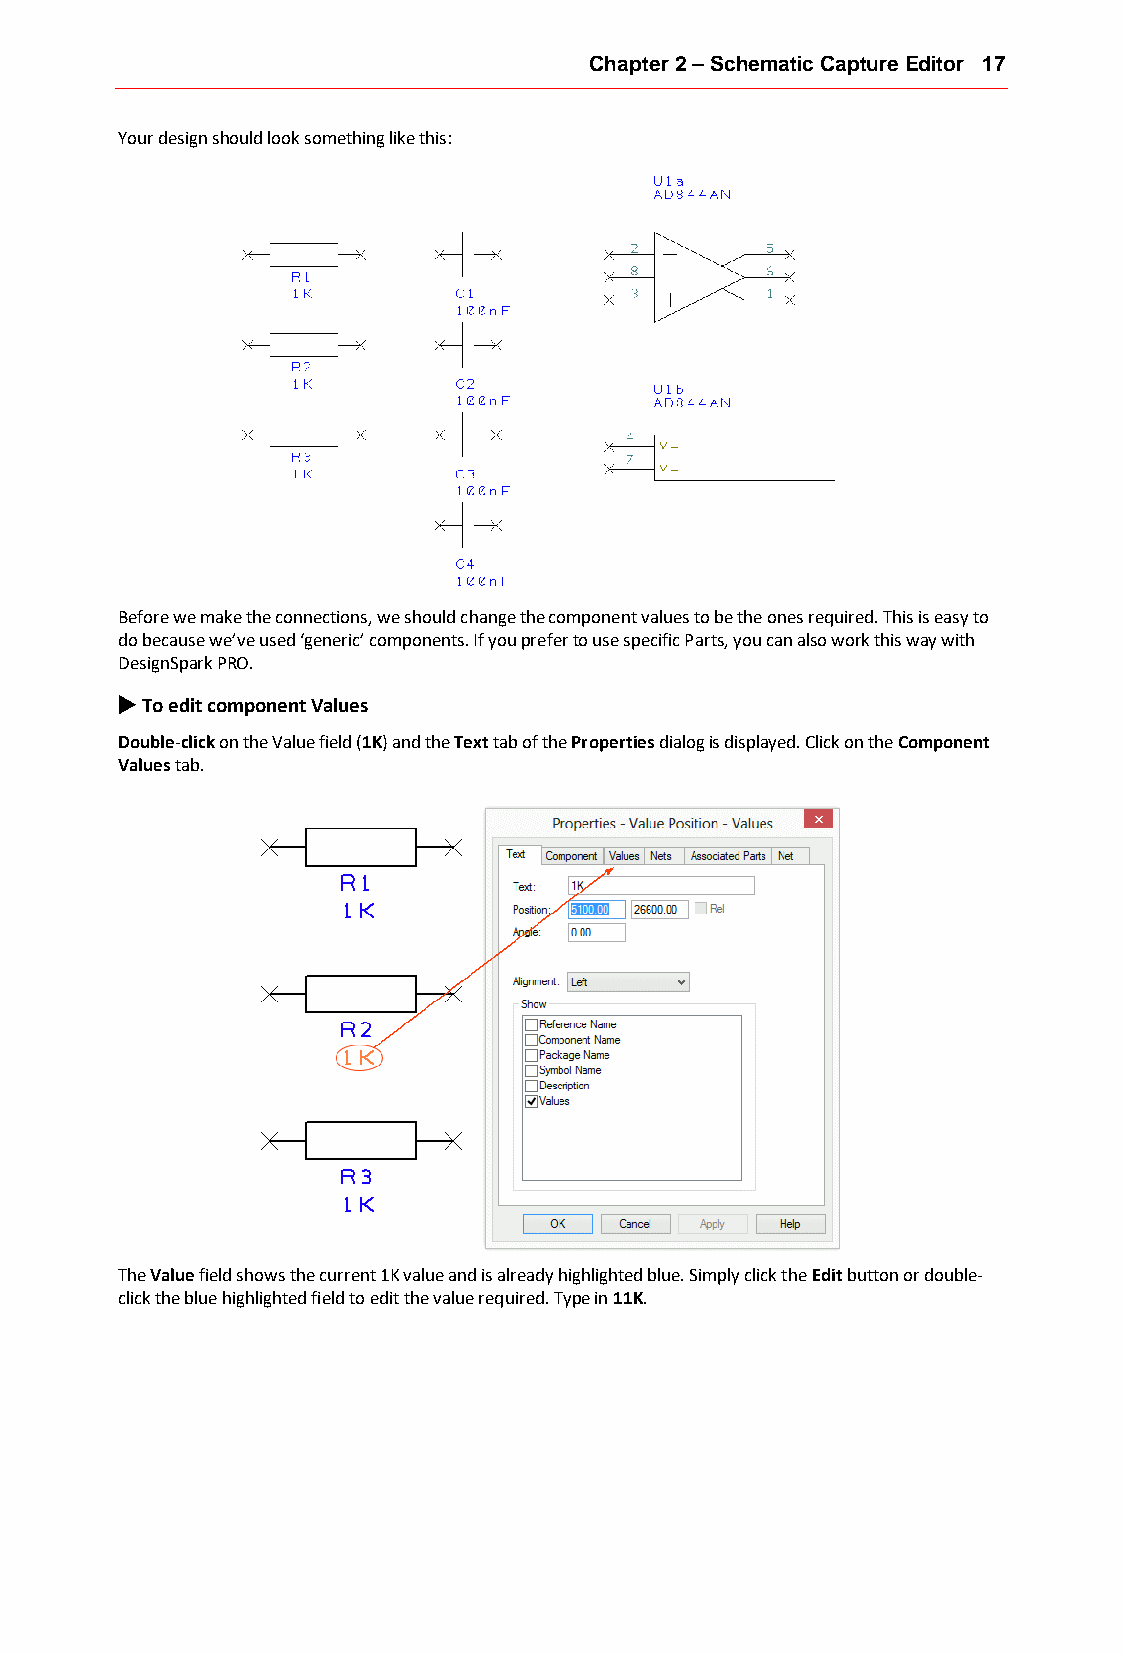
Chapter 2 – Schematic Capture Editor 17
 Your design should look something like this:
 Before we make the connections, we should change the component values to be the ones required. This is easy to
 do because we’ve used ‘generic’ components. If you prefer to use specific Parts, you can also work this way with
 DesignSpark PRO.
 u To edit component Values
 Double-click on the Value field (1K) and the Text tab of the Properties dialog is displayed. Click on the Component
 Values tab.
 The Value field shows the current 1K value and is already highlighted blue. Simply click the Edit button or double-
 click the blue highlighted field to edit the value required. Type in 11K.